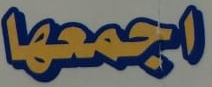
اجمعها